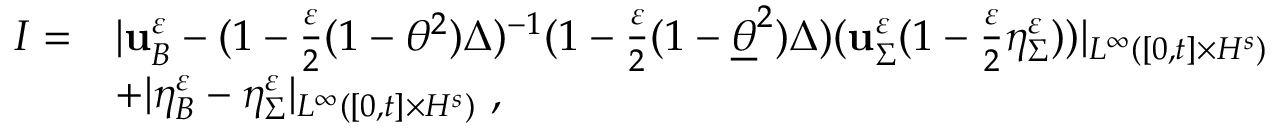
\begin{array} { r l } { I = } & { | \mathbf { u } _ { B } ^ { \varepsilon } - ( 1 - \frac { \varepsilon } { 2 } ( 1 - \theta ^ { 2 } ) \Delta ) ^ { - 1 } ( 1 - \frac { \varepsilon } { 2 } ( 1 - \underline { { \theta } } ^ { 2 } ) \Delta ) ( \mathbf { u } _ { \Sigma } ^ { \varepsilon } ( 1 - \frac { \varepsilon } { 2 } \eta _ { \Sigma } ^ { \varepsilon } ) ) | _ { L ^ { \infty } ( [ 0 , t ] \times H ^ { s } ) } } \\ & { + | \eta _ { B } ^ { \varepsilon } - \eta _ { \Sigma } ^ { \varepsilon } | _ { L ^ { \infty } ( [ 0 , t ] \times H ^ { s } ) } \ , } \end{array}